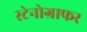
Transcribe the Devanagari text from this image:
स्टेनोग्राफर